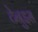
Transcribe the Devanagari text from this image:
टेनुइस